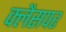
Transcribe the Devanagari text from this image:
क्लैसपर